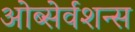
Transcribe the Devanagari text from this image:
ओब्सेर्वशन्स